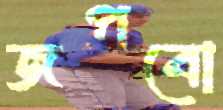
জপবো